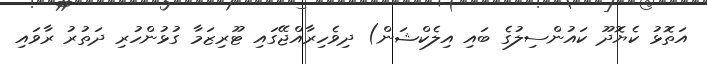
އަތޮޅު ކެޔޮދޫ ކައުންސިލުގެ ބައި އިލެކްޝަން) ދިވެހިރާއްޖޭގައި ޓޫރިޒަމާ ގުޅުންހުރި ދަތުރު ރާވައި